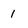
Character: 1